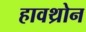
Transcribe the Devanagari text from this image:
हावथ्रोन